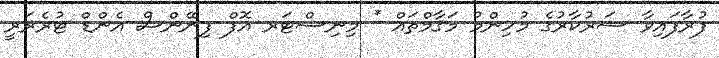
ފުރާފައިވާ ސަރުކާރުގެ މުހިންމު މަޤާމްތައް * މިނިސްޓަރ އޮފް ފިނޭންސް އެންޑް ޓުރެޜަރީ